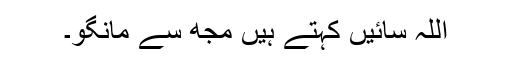
اللہ سائیں کہتے ہیں مجھ سے مانگو۔